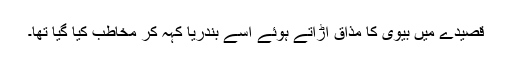
قصیدے میں بیوی کا مذاق اڑاتے ہوئے اسے بندریا کہہ کر مخاطب کیا گیا تھا۔